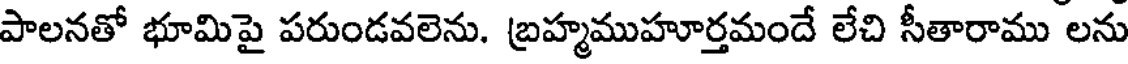
పాలనతో భూమిపై పరుండవలెను. బ్రహ్మముహూర్తమందే లేచి సీతారాము లను